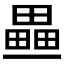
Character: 𤳏